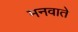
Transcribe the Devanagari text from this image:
मनवाते